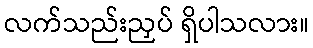
လက်သည်းညှပ် ရှိပါသလား။